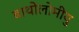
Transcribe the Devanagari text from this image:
बाथोलोमीयु